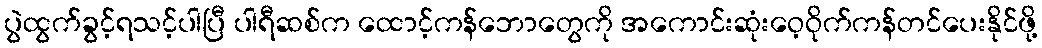
ပွဲထွက်ခွင့်ရသင့်ပါပြီ ပါရီဆစ်က ထောင့်ကန်ဘောတွေကို အကောင်းဆုံးဝေ့ဝိုက်ကန်တင်ပေးနိုင်ဖို့